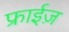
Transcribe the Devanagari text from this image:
फ्राईज़